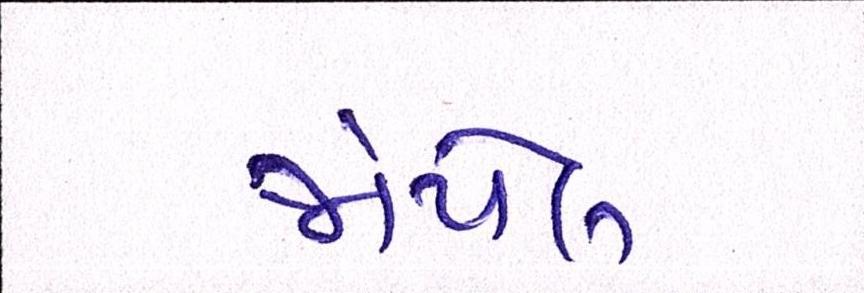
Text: જોયેલ